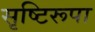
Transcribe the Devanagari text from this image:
सृष्टिरूपा